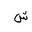
Letter: _shin